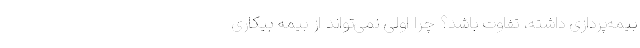
بیمه‌پردازی داشته، تفاوت باشد؟ چرا اولی نمی‌تواند از بیمه بیکاری